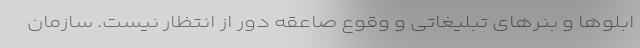
ابلوها و بنرهای تبلیغاتی و وقوع صاعقه دور از انتظار نیست. سازمان